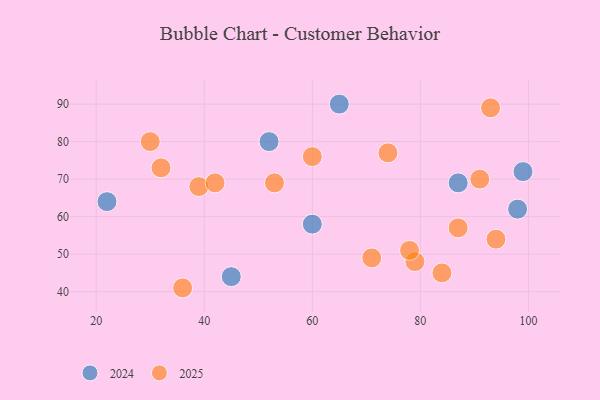
{"axis": {"x": "GDP", "y": "Life Expectancy"}, "legend": ["2024", "2025"], "data": [{"x": "52", "y": 80, "type": "2024"}, {"x": "60", "y": 58, "type": "2024"}, {"x": "65", "y": 90, "type": "2024"}, {"x": "45", "y": 44, "type": "2024"}, {"x": "22", "y": 64, "type": "2024"}, {"x": "87", "y": 69, "type": "2024"}, {"x": "98", "y": 62, "type": "2024"}, {"x": "99", "y": 72, "type": "2024"}, {"x": "94", "y": 54, "type": "2025"}, {"x": "91", "y": 70, "type": "2025"}, {"x": "60", "y": 76, "type": "2025"}, {"x": "39", "y": 68, "type": "2025"}, {"x": "84", "y": 45, "type": "2025"}, {"x": "30", "y": 80, "type": "2025"}, {"x": "74", "y": 77, "type": "2025"}, {"x": "53", "y": 69, "type": "2025"}, {"x": "93", "y": 89, "type": "2025"}, {"x": "36", "y": 41, "type": "2025"}, {"x": "42", "y": 69, "type": "2025"}, {"x": "79", "y": 48, "type": "2025"}, {"x": "71", "y": 49, "type": "2025"}, {"x": "32", "y": 73, "type": "2025"}, {"x": "87", "y": 57, "type": "2025"}, {"x": "78", "y": 51, "type": "2025"}]}